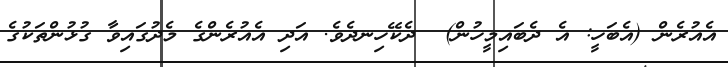
އެއުރެން (އެބަހީ: އެ ދެބައިމީހުން)  ދެކޭހިނދެވެ. އަދި އެއުރެންގެ މެދުގައިވާ ގުޅުންތަކުގެ